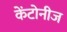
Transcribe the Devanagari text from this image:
केंटोनीज